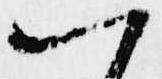
一